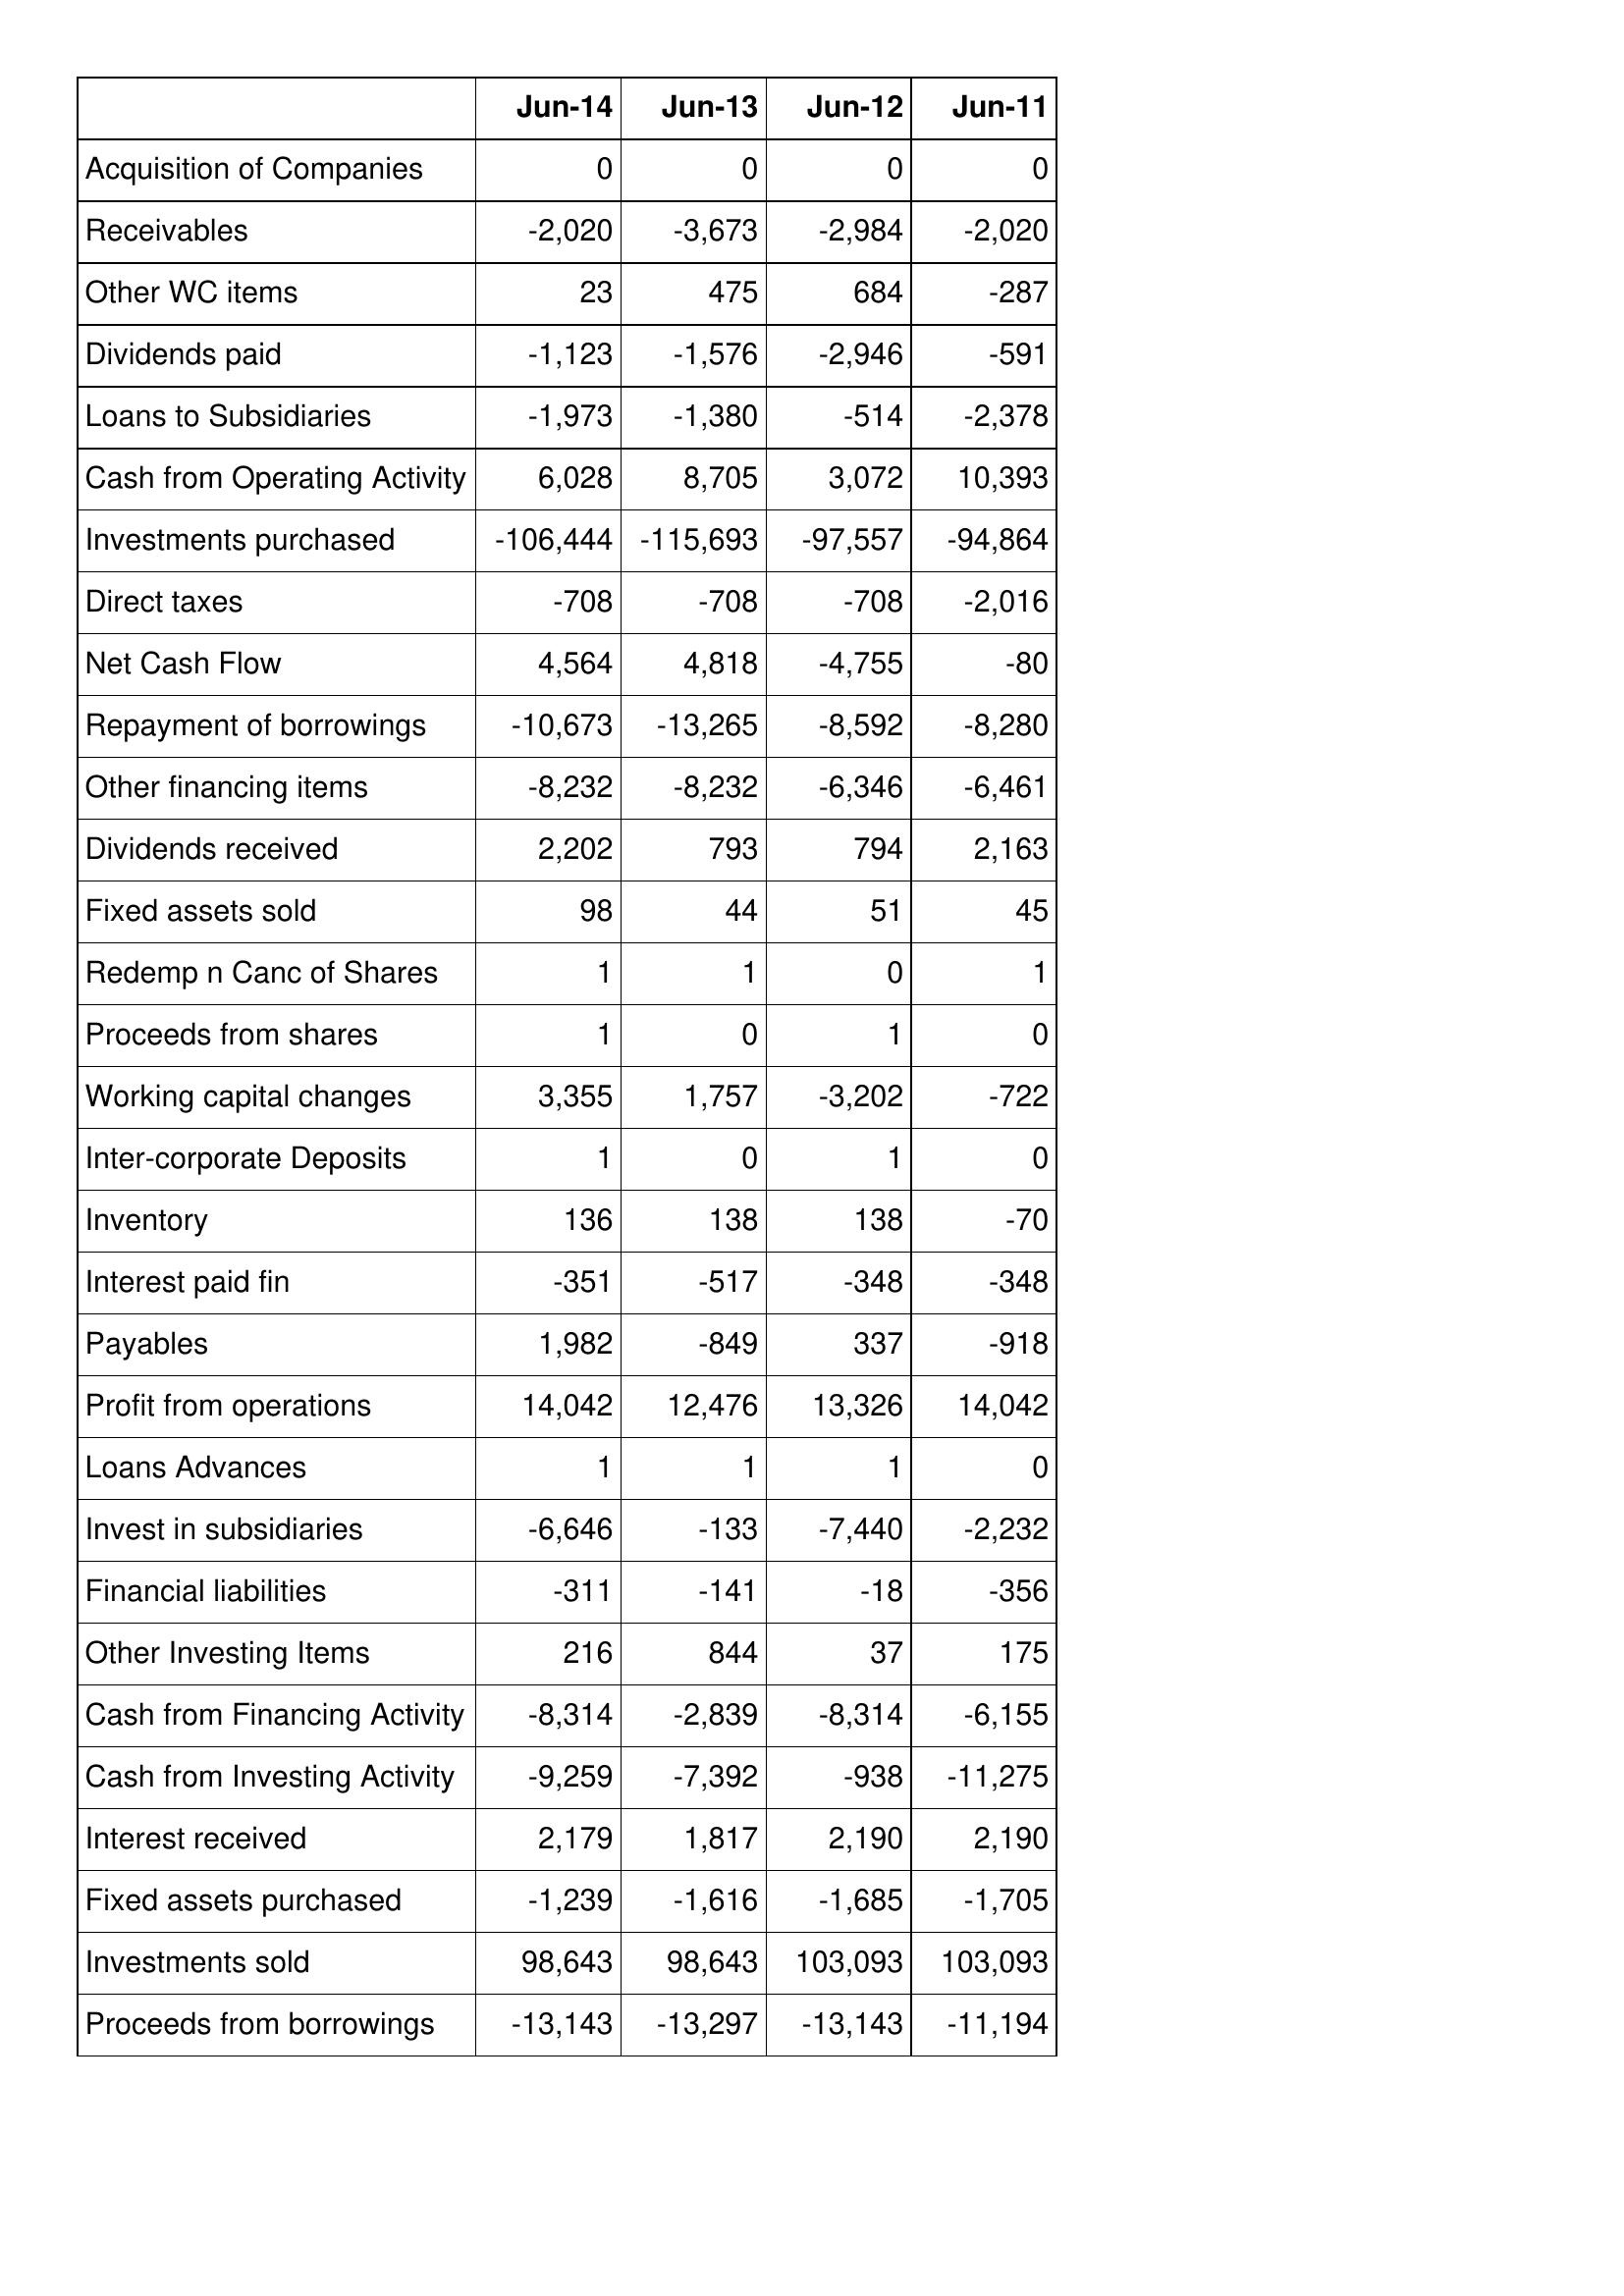
Jun-14: Cash Flows: Acquisition of Companies: 0
Receivables: -2,020
Other WC items: 23
Dividends paid: -1,123
Loans to Subsidiaries: -1,973
Cash from Operating Activity: 6,028
Investments purchased: -106,444
Direct taxes: -708
Net Cash Flow: 4,564
Repayment of borrowings: -10,673
Other financing items: -8,232
Dividends received: 2,202
Fixed assets sold: 98
Redemp n Canc of Shares: 1
Proceeds from shares: 1
Working capital changes: 3,355
Inter-corporate Deposits: 1
Inventory: 136
Interest paid fin: -351
Payables: 1,982
Profit from operations: 14,042
Loans Advances: 1
Invest in subsidiaries: -6,646
Financial liabilities: -311
Other Investing Items: 216
Cash from Financing Activity: -8,314
Cash from Investing Activity: -9,259
Interest received: 2,179
Fixed assets purchased: -1,239
Investments sold: 98,643
Proceeds from borrowings: -13,143
Jun-13: Cash Flows: Acquisition of Companies: 0
Receivables: -3,673
Other WC items: 475
Dividends paid: -1,576
Loans to Subsidiaries: -1,380
Cash from Operating Activity: 8,705
Investments purchased: -115,693
Direct taxes: -708
Net Cash Flow: 4,818
Repayment of borrowings: -13,265
Other financing items: -8,232
Dividends received: 793
Fixed assets sold: 44
Redemp n Canc of Shares: 1
Proceeds from shares: 0
Working capital changes: 1,757
Inter-corporate Deposits: 0
Inventory: 138
Interest paid fin: -517
Payables: -849
Profit from operations: 12,476
Loans Advances: 1
Invest in subsidiaries: -133
Financial liabilities: -141
Other Investing Items: 844
Cash from Financing Activity: -2,839
Cash from Investing Activity: -7,392
Interest received: 1,817
Fixed assets purchased: -1,616
Investments sold: 98,643
Proceeds from borrowings: -13,297
Jun-12: Cash Flows: Acquisition of Companies: 0
Receivables: -2,984
Other WC items: 684
Dividends paid: -2,946
Loans to Subsidiaries: -514
Cash from Operating Activity: 3,072
Investments purchased: -97,557
Direct taxes: -708
Net Cash Flow: -4,755
Repayment of borrowings: -8,592
Other financing items: -6,346
Dividends received: 794
Fixed assets sold: 51
Redemp n Canc of Shares: 0
Proceeds from shares: 1
Working capital changes: -3,202
Inter-corporate Deposits: 1
Inventory: 138
Interest paid fin: -348
Payables: 337
Profit from operations: 13,326
Loans Advances: 1
Invest in subsidiaries: -7,440
Financial liabilities: -18
Other Investing Items: 37
Cash from Financing Activity: -8,314
Cash from Investing Activity: -938
Interest received: 2,190
Fixed assets purchased: -1,685
Investments sold: 103,093
Proceeds from borrowings: -13,143
Jun-11: Cash Flows: Acquisition of Companies: 0
Receivables: -2,020
Other WC items: -287
Dividends paid: -591
Loans to Subsidiaries: -2,378
Cash from Operating Activity: 10,393
Investments purchased: -94,864
Direct taxes: -2,016
Net Cash Flow: -80
Repayment of borrowings: -8,280
Other financing items: -6,461
Dividends received: 2,163
Fixed assets sold: 45
Redemp n Canc of Shares: 1
Proceeds from shares: 0
Working capital changes: -722
Inter-corporate Deposits: 0
Inventory: -70
Interest paid fin: -348
Payables: -918
Profit from operations: 14,042
Loans Advances: 0
Invest in subsidiaries: -2,232
Financial liabilities: -356
Other Investing Items: 175
Cash from Financing Activity: -6,155
Cash from Investing Activity: -11,275
Interest received: 2,190
Fixed assets purchased: -1,705
Investments sold: 103,093
Proceeds from borrowings: -11,194